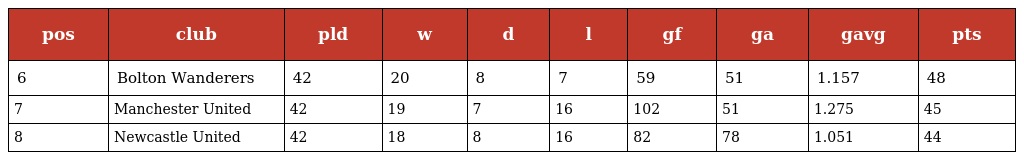
| pos | club | pld | w | d | l | gf | ga | gavg | pts |
 | --- | --- | --- | --- | --- | --- | --- | --- | --- | --- |
 | 6 | Bolton Wanderers | 42 | 20 | 8 | 7 | 59 | 51 | 1.157 | 48 |
 | 7 | Manchester United | 42 | 19 | 7 | 16 | 102 | 51 | 1.275 | 45 |
 | 8 | Newcastle United | 42 | 18 | 8 | 16 | 82 | 78 | 1.051 | 44 |